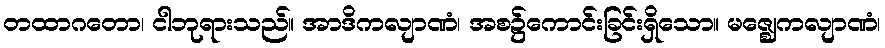
တထာဂတော၊ ငါဘုရားသည်။ အာဒိကလျာဏံ၊ အစ၌ကောင်းခြင်းရှိသော။ မဇ္ဈေကလျာဏံ၊